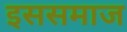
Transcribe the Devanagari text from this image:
इससमाज